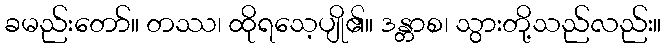
ခမည်းတော်။ တဿ၊ ထိုရသေ့ပျို၏။ ဒန္တာစ၊ သွားတို့သည်လည်း။